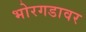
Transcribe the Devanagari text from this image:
भोरगडावर